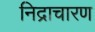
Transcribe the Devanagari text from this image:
निद्राचारण